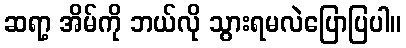
ဆရာ့ အိမ်ကို ဘယ်လို သွားရမလဲပြောပြပါ။